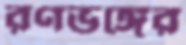
রণভঙ্গের